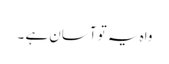
واہ یہ تو آسان ہے ۔